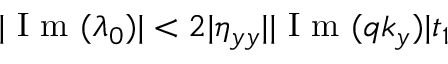
| \mathrm { ~ I ~ m ~ } ( \lambda _ { 0 } ) | < 2 | \eta _ { y y } | | \mathrm { ~ I ~ m ~ } ( q k _ { y } ) | t _ { 1 }